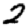
Digit: 2